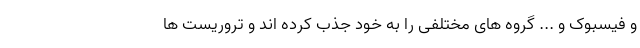
و فیسبوک و ... گروه های مختلفی را به خود جذب کرده اند و تروریست ها